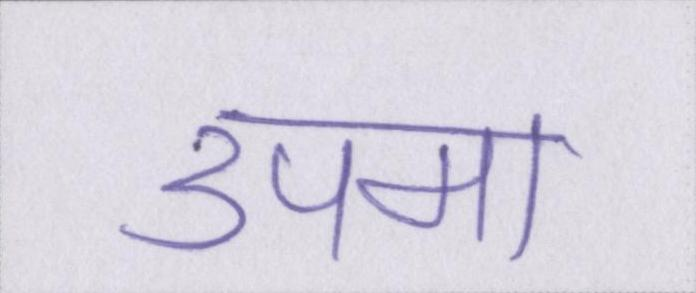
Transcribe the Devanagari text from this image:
उपमा